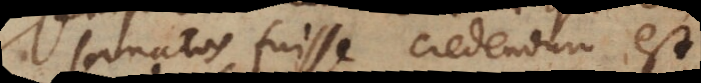
sanatos fuisse credendum est